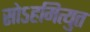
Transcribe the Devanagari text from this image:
सोऽहमित्युत